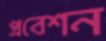
প্রবেশন